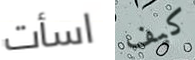
اسأت كيف